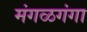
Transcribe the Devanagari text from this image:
मंगळगंगा